Riigikantselei, lk 191
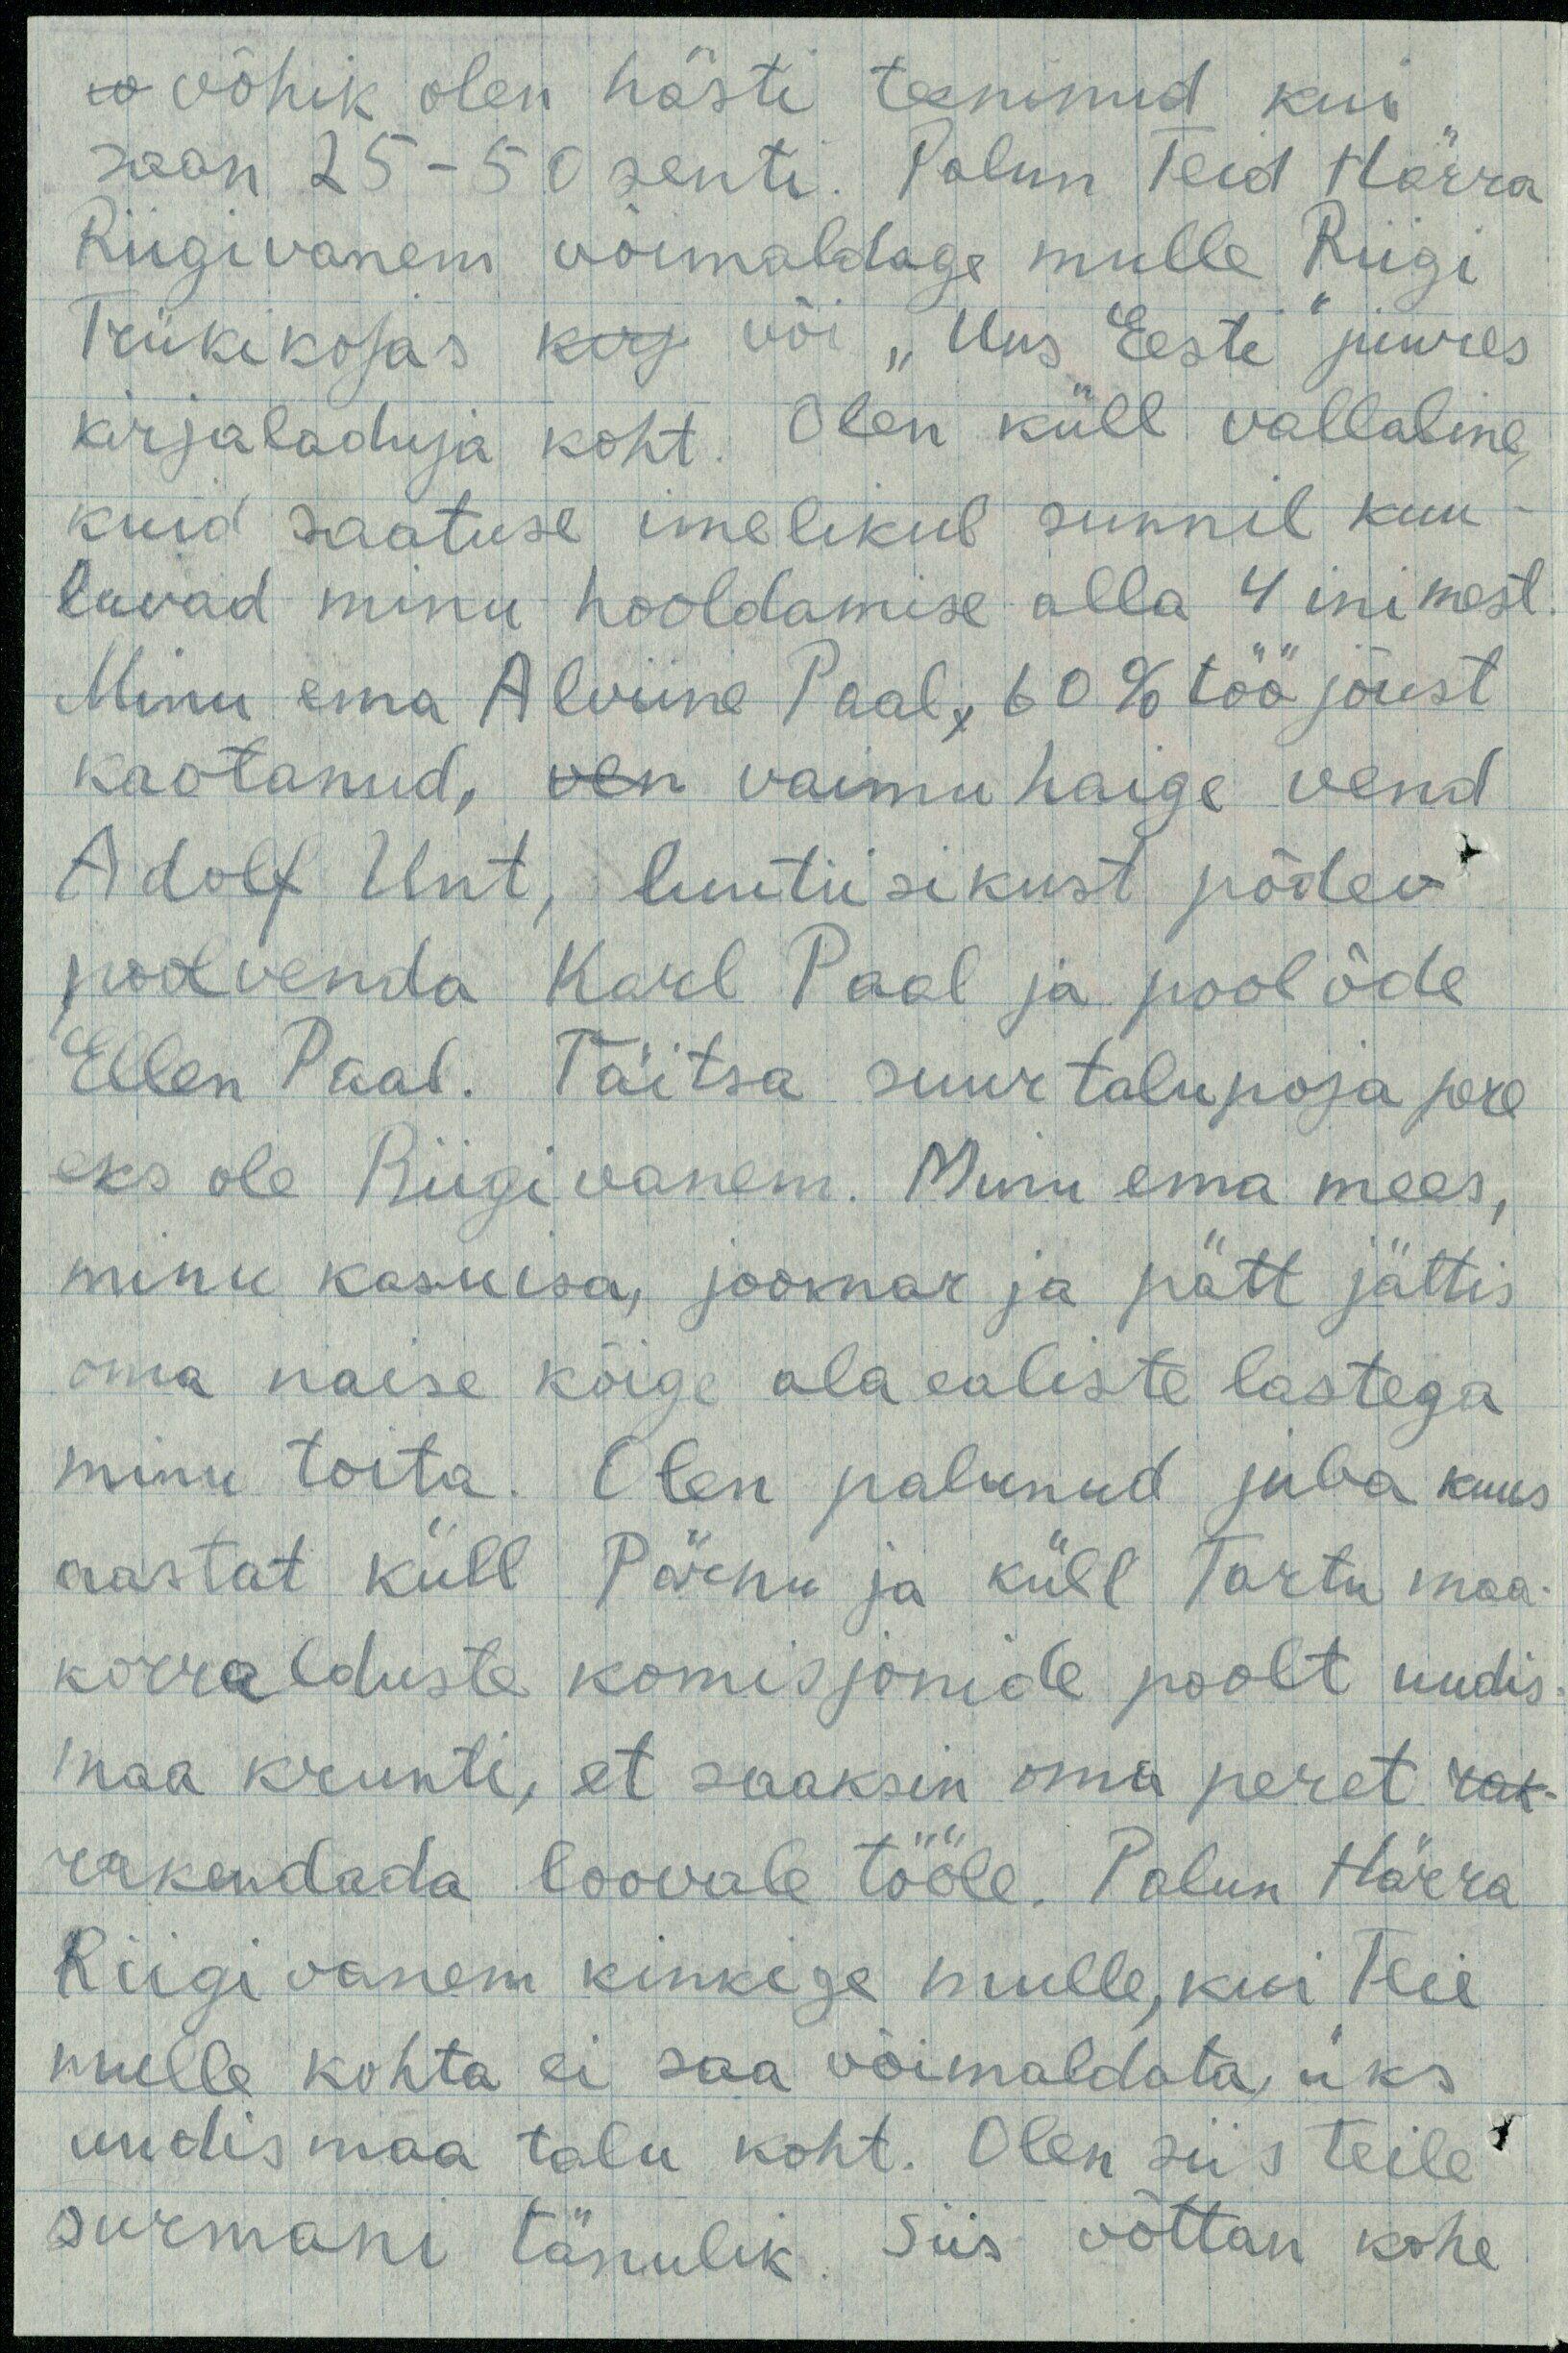
ue võhik olen hästi teeninud kui
saan 25 - 50 senti. Palun Teid Härra
Riigivanem võimaldage mulle Riigi
Trükikojas kirj või "Uus Eesti" juures
kirjaladuja koht. Olen küll vallaline
kuid saatuse imelikul sunnil kuu-
luvad minu hooldamise alla 4 inimest.
Minu ema Alviine Paal, 60 % töö jõust
kaotanud, ven vaimu haige vend
Adolf Unt, luutiisikust põdev
poolvenda Karl Paal ja poolõde
Ellen Paal. Täitsa suur talupoja pere
eks ole Riigivanem. Minu ema mees,
minu kasuisa, joomar ja pätt jättis
oma naise kõige alaealiste lastega
minu toita. Olen palunud juba kuus
aastat küll Pärnu ja küll Tartu maa-
korralduste komisjonide poolt uudis
maa krunti, et saaksin oma peret rak-
rakendada loovale tööle. Palun Härra
Riigi vanem kinkige mulle, kui Teie
mulle kohta ei saa võimaldata üks
uudis maa talu koht. Olen siis Teile
surmani tänulik. Siis võttan kohe